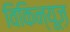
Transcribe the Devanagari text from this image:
विकिन्यूज़